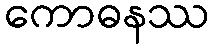
ကောဓနဿ